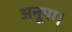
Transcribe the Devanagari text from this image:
अनूपा।